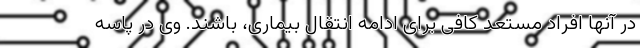
در آنها افراد مستعد کافی برای ادامه انتقال بیماری، باشند. وی در پاسه